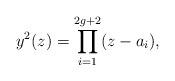
LaTeX: \begin{align*}y^2(z) = \prod_{i=1}^{2g+2} ( z - a_i), \end{align*}